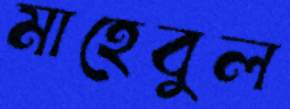
মাহেবুল